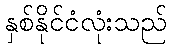
နှစ်နိုင်ငံလုံးသည်